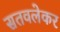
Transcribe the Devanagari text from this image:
सतवलेकर